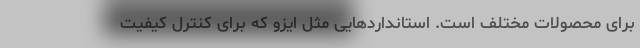
برای محصولات مختلف است. استانداردهایی مثل ایزو که برای کنترل کیفیت